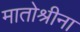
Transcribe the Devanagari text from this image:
मातोश्रीना